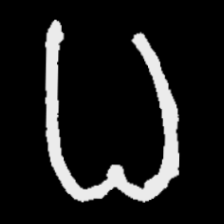
Pyu character \u2014 Myanmar letter: ဓ (romanized: dha)